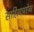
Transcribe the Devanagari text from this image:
साहित्याबरोबर